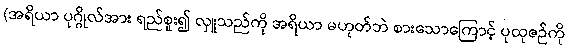
(အရိယာ ပုဂ္ဂိုလ်အား ရည်စူး၍ လှူသည်ကို အရိယာ မဟုတ်ဘဲ စားသောကြောင့် ပုထုဇဉ်ကို